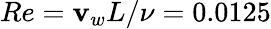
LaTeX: Re=\mathbf{v}_{w}L/\nu=0.0125